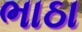
ભાઠા